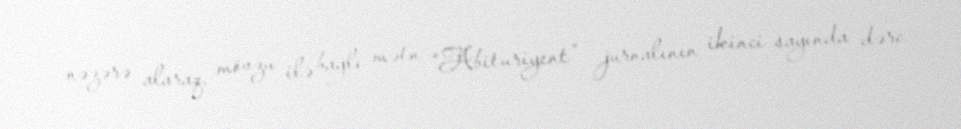
nəzərə alaraq, mövzu ilə bağlı mətn “Abituriyent” jurnalının ikinci sayında dərc